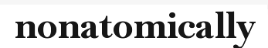
nonatomically